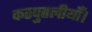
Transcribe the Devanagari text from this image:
कठपुतलीयाँ।